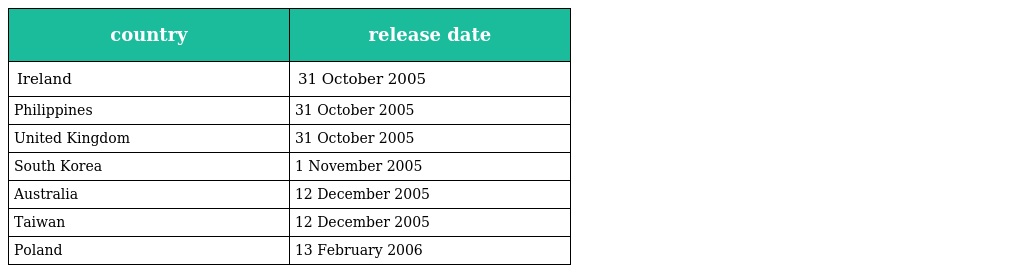
| country | release date |
 | --- | --- |
 | Ireland | 31 October 2005 |
 | Philippines | 31 October 2005 |
 | United Kingdom | 31 October 2005 |
 | South Korea | 1 November 2005 |
 | Australia | 12 December 2005 |
 | Taiwan | 12 December 2005 |
 | Poland | 13 February 2006 |